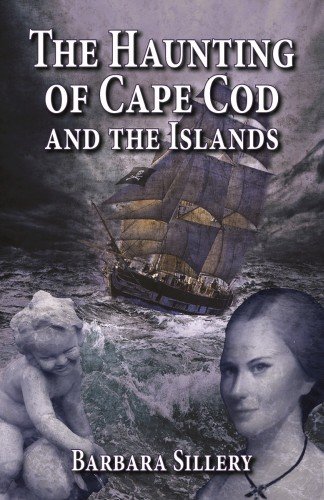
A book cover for Haunting of Cape Cod and the Islands, The; Barbara Sillery; Travel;